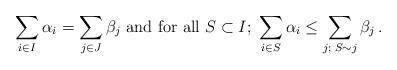
LaTeX: \begin{align*} \sum_{i\in I} \alpha_i=\sum_{j\in J} \beta_j \mbox{ and for all } S\subset I;\; \sum_{i\in S} \alpha_i\le \sum_{j; \; S\sim j} \beta_j\, .\end{align*}